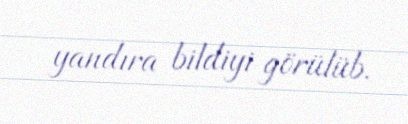
yandıra bildiyi görülüb.